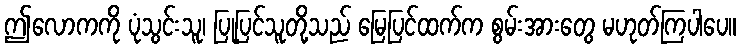
ဤလောကကို ပုံသွင်းသူ၊ ပြုပြင်သူတို့သည် မြေပြင်ထက်က စွမ်းအားတွေ မဟုတ်ကြပါပေ။